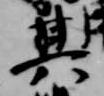
其